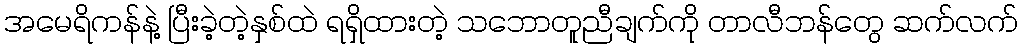
အမေရိကန်နဲ့ ပြီးခဲ့တဲ့နှစ်ထဲ ရရှိထားတဲ့ သဘောတူညီချက်ကို တာလီဘန်တွေ ဆက်လက်